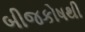
બીજકોષથી